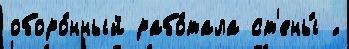
оборо́нный рабо́тала ст'ены́ ́